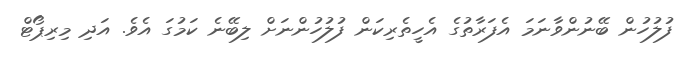
ފުލުހުން ބޭނުންވާނަމަ އެފަރާތުގެ އެހީތެރިކަން ފުލުހުންނަށް ލިބޭނެ ކަމުގަ އެވެ. އަދި މިރިިޕޯޓް